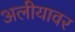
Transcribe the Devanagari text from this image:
अलीयावर